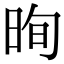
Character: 㫬